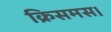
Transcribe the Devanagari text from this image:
क्रिसमस।